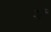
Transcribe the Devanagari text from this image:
ञं